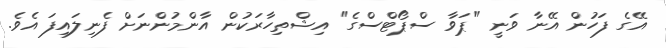
އޭގެ ފަހުން އޭނާ ވަނީ "ޕަވާ ސްޕޯޓްސްގެ" އިޝްތިހާރަކުން އާންމުންނަށް ފެނިލައިފަ އެވެ.